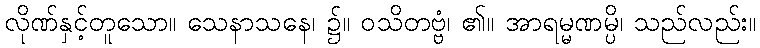
လိုဏ်နှင့်တူသော။ သေနာသနေ၊ ၌။ ဝသိတဗ္ဗံ၊ ၏။ အာရမ္မဏမ္ပိ၊ သည်လည်း။